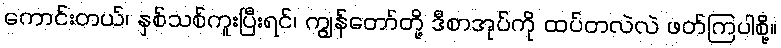
ကောင်းတယ်၊ နှစ်သစ်ကူးပြီးရင်၊ ကျွန်တော်တို့ ဒီစာအုပ်ကို ထပ်တလဲလဲ ဖတ်ကြပါစို့။